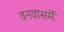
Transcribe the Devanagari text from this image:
वनवासमें